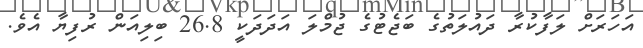
އަހަރަށް ލަފާކުރާ ދައުލަތުގެ ބަޖެޓުގެ ޖުމްލަ އަދަދަކީ 26.8 ބިލިއަން ރުފިޔާ އެވެ.